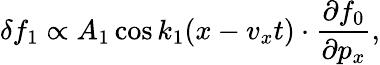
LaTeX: \delta f_{1}\propto A_{1}\cos k_{1}(x-v_{x}t)\cdot\frac{\partial f_{0}}{\partial p_{x}},